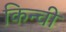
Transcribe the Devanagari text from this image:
किन्ची